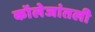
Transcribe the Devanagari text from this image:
कॉलेजांतली